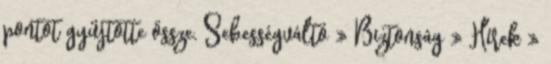
pontot gyűjtötte össze. Sebességváltó » Biztonság » Hírek »